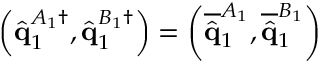
\left( \hat { \mathbf { q } } _ { 1 } ^ { A _ { 1 } \dagger } , \hat { \mathbf { q } } _ { 1 } ^ { B _ { 1 } \dagger } \right) = \left( \overline { { \hat { \mathbf { q } } } } _ { 1 } ^ { A _ { 1 } } , \overline { { \hat { \mathbf { q } } } } _ { 1 } ^ { B _ { 1 } } \right)